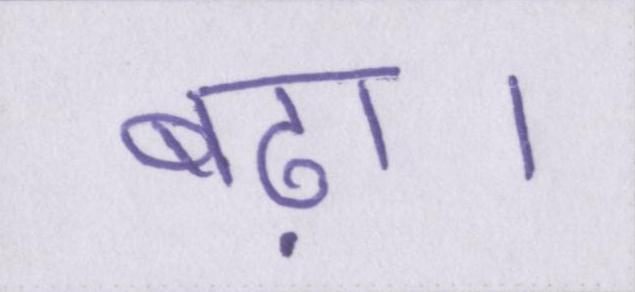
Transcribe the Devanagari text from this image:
बढ़ा।